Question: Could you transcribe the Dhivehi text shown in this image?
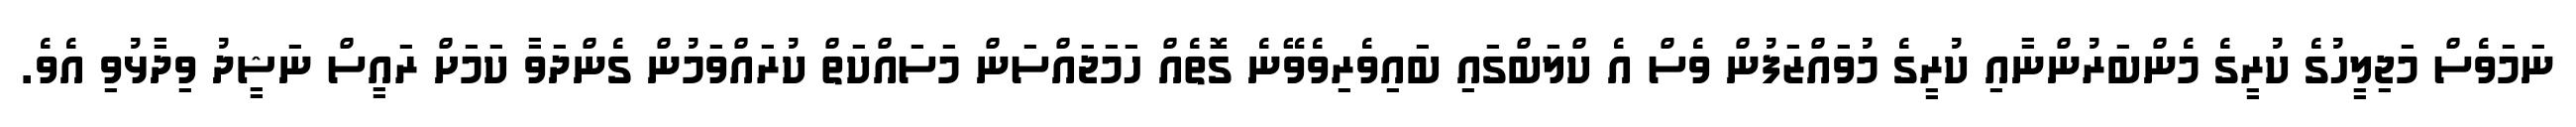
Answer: ނަމަވެސް މަޖިލީހުގެ ކުރީގެ މެންބަރުންނާއި ކުރީގެ މުވައްޒަފުން ވެސް އެ ކްލަބްގައި ބައިވެރިވެވޭނެ ގޮތެއް ހަމަޖައްސަން މަސައްކަތް ކުރައްވަމުން ގެންދަވާ ކަމަށް ރައީސް ނަޝީދު ވިދާޅުވި އެވެ.